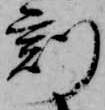
刻